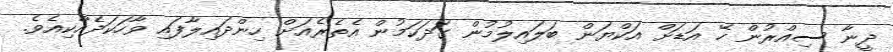
ދީނާ ސިއްރުން ހޭ އަޑަށް އަކްޔަން ބަލައިލުމުން ގަދަކަމުން އެތެރެއަށް ހިންދައިލާފައި ވާހަކަދެއްކިއެވެ.